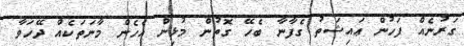
ގަރުނެއް ފަހުން ޢައިޝަތު ގެފާނާ ބެހޭ ގޮތުން މުޅިން އެހެން މާނަތަކެއް ދޭހަވާ